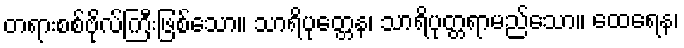
တရားစစ်ဗိုလ်ကြီးဖြစ်သော။ သာရိပုတ္တေန၊ သာရိပုတ္တရာမည်သော။ ထေရေန၊